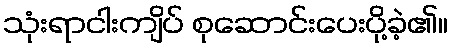
သုံးရာငါးကျိပ် စုဆောင်းပေးပို့ခဲ့၏။